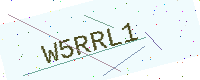
Text: W5RRL1